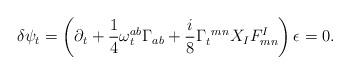
LaTeX: \begin{align*}\delta \psi_{t}=\left( \partial_{t}+{\frac{1}{4}}\omega _{t}^{ab}\Gamma_{ab}+{\frac{i}{8}}\Gamma _{t}^{\ mn}X_IF_{mn}^{I}\right) \epsilon=0.\end{align*}